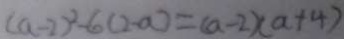
( a - 2 ) ^ { 2 } - 6 ( 2 - a ) = ( a - 2 ) ( a + 4 )